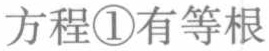
方程\textcircled{1}有等根